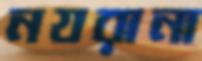
নযরানা